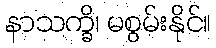
နာသက္ခိ၊ မစွမ်းနိုင်။